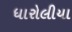
ધારોલીયા